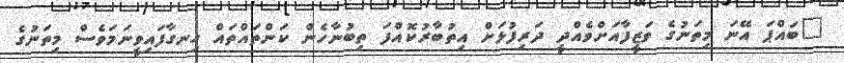
"ބައްޕަ އޭނަ މިތަނުގެ ވަޒީފާއަށްވެއްދީ ދަރިފުޅަށް އިތުބާރުކޮއްފަ ތިބުނާހެން ކަންތައްތައް ހިނގާފައިވީނަމަވެސް މިތަނުގެ